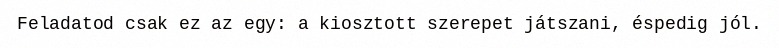
Feladatod csak ez az egy: a kiosztott szerepet játszani, éspedig jól.